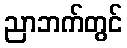
ညာဘက်တွင်